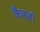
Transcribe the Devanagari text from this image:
कैकडी